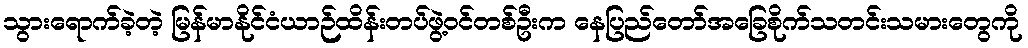
သွားရောက်ခဲ့တဲ့ မြန်မာနိုင်ငံယာဉ်ထိန်းတပ်ဖွဲ့ဝင်တစ်ဦးက နေပြည်တော်အခြေစိုက်သတင်းသမားတွေကို